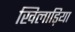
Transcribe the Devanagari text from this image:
खिलाड़िया